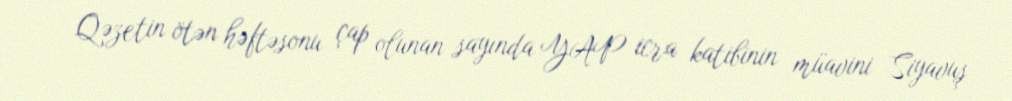
Qəzetin ötən həftəsonu çap olunan sayında YAP icra katibinin müavini Siyavuş